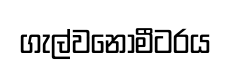
ගැල්වනෝමීටරය